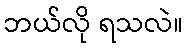
ဘယ်လို ရသလဲ။